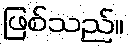
ဖြစ်သည်။